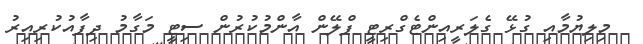
މިލިޔުމާއި ގުޅޭ ގެލަރީއިންޓެގްރިޓީ ޕްލޭން އާންމުކުރުން ސިޓީ މަގާމު ދިފާއުކުރިއިރު